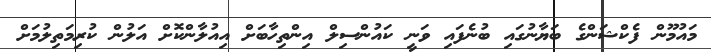
މައުމޫން ފެކްޝަންގެ ބަޔާނުގައި ބުނެފައި ވަނީ ކައުންސިލް އިންތިހާބަށް އިއުލާންކޮށް އަލުން ކުރިމަތިލުމަށް